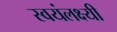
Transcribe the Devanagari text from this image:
स्वयंलक्ष्यी